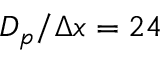
D _ { p } / \Delta x = 2 4